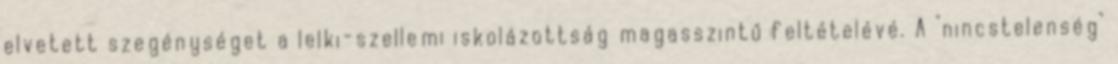
elvetett szegénységet a lelki-szellemi iskolázottság magasszintű feltételévé. A "nincstelenség"